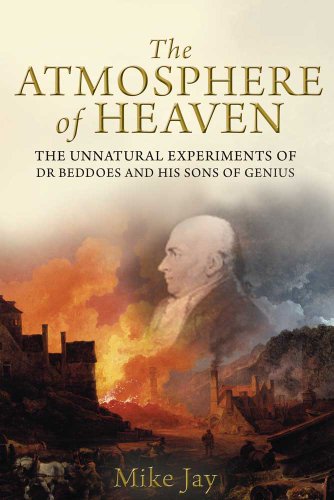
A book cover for The Atmosphere of Heaven: The Unnatural Experiments of Dr Beddoes and His Sons of Genius; Mike Jay; Science & Math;